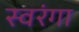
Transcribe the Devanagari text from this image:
स्वरंगा